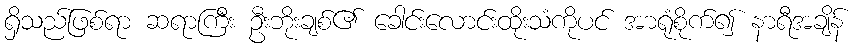
ရှိသည်ဖြစ်ရာ ဆရာကြီး ဦးဘိုးချစ်၏ ခေါင်းလောင်းထိုးသံကိုပင် အာရုံစိုက်၍ နာရီအချိန်